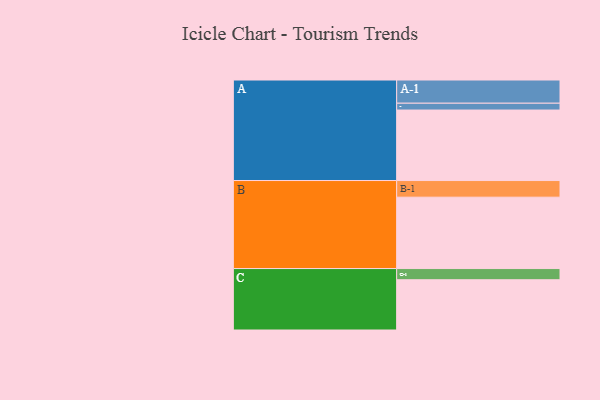
{"axis": {"x": "Segment", "y": "Value"}, "legend": ["", "A", "B", "C"], "data": [{"x": "A", "y": 568, "type": ""}, {"x": "B", "y": 575, "type": ""}, {"x": "C", "y": 405, "type": ""}, {"x": "A-1", "y": 187, "type": "A"}, {"x": "A-2", "y": 55, "type": "A"}, {"x": "B-1", "y": 134, "type": "B"}, {"x": "C-1", "y": 90, "type": "C"}]}